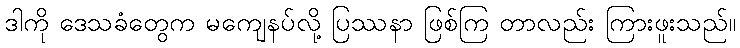
ဒါကို ဒေသခံတွေက မကျေနပ်လို့ ပြဿနာ ဖြစ်ကြ တာလည်း ကြားဖူးသည်။